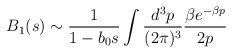
LaTeX: \begin{align*}B_1(s)\sim \frac{1}{1-b_0 s}\int\frac{d^{3}p}{(2\pi)^{3}}\frac{\beta e^{-\beta p}}{2p}\end{align*}